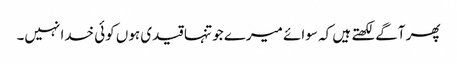
پھر آگے لکھتے ہیں کہ سوائے میرے جو تنہا قیدی ہوں کوئی خدا نہیں۔